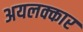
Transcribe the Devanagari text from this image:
अयलक्कार